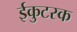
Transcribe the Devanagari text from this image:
ईकुटस्क